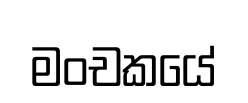
මංචකයේ